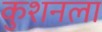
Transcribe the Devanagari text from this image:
कुशनला